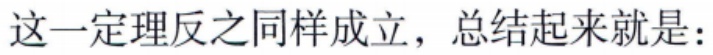
这一定理反之同样成立，总结起来就是：